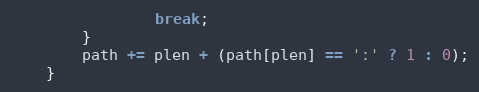
Language: C
                break;
        }
        path += plen + (path[plen] == ':' ? 1 : 0);
    }